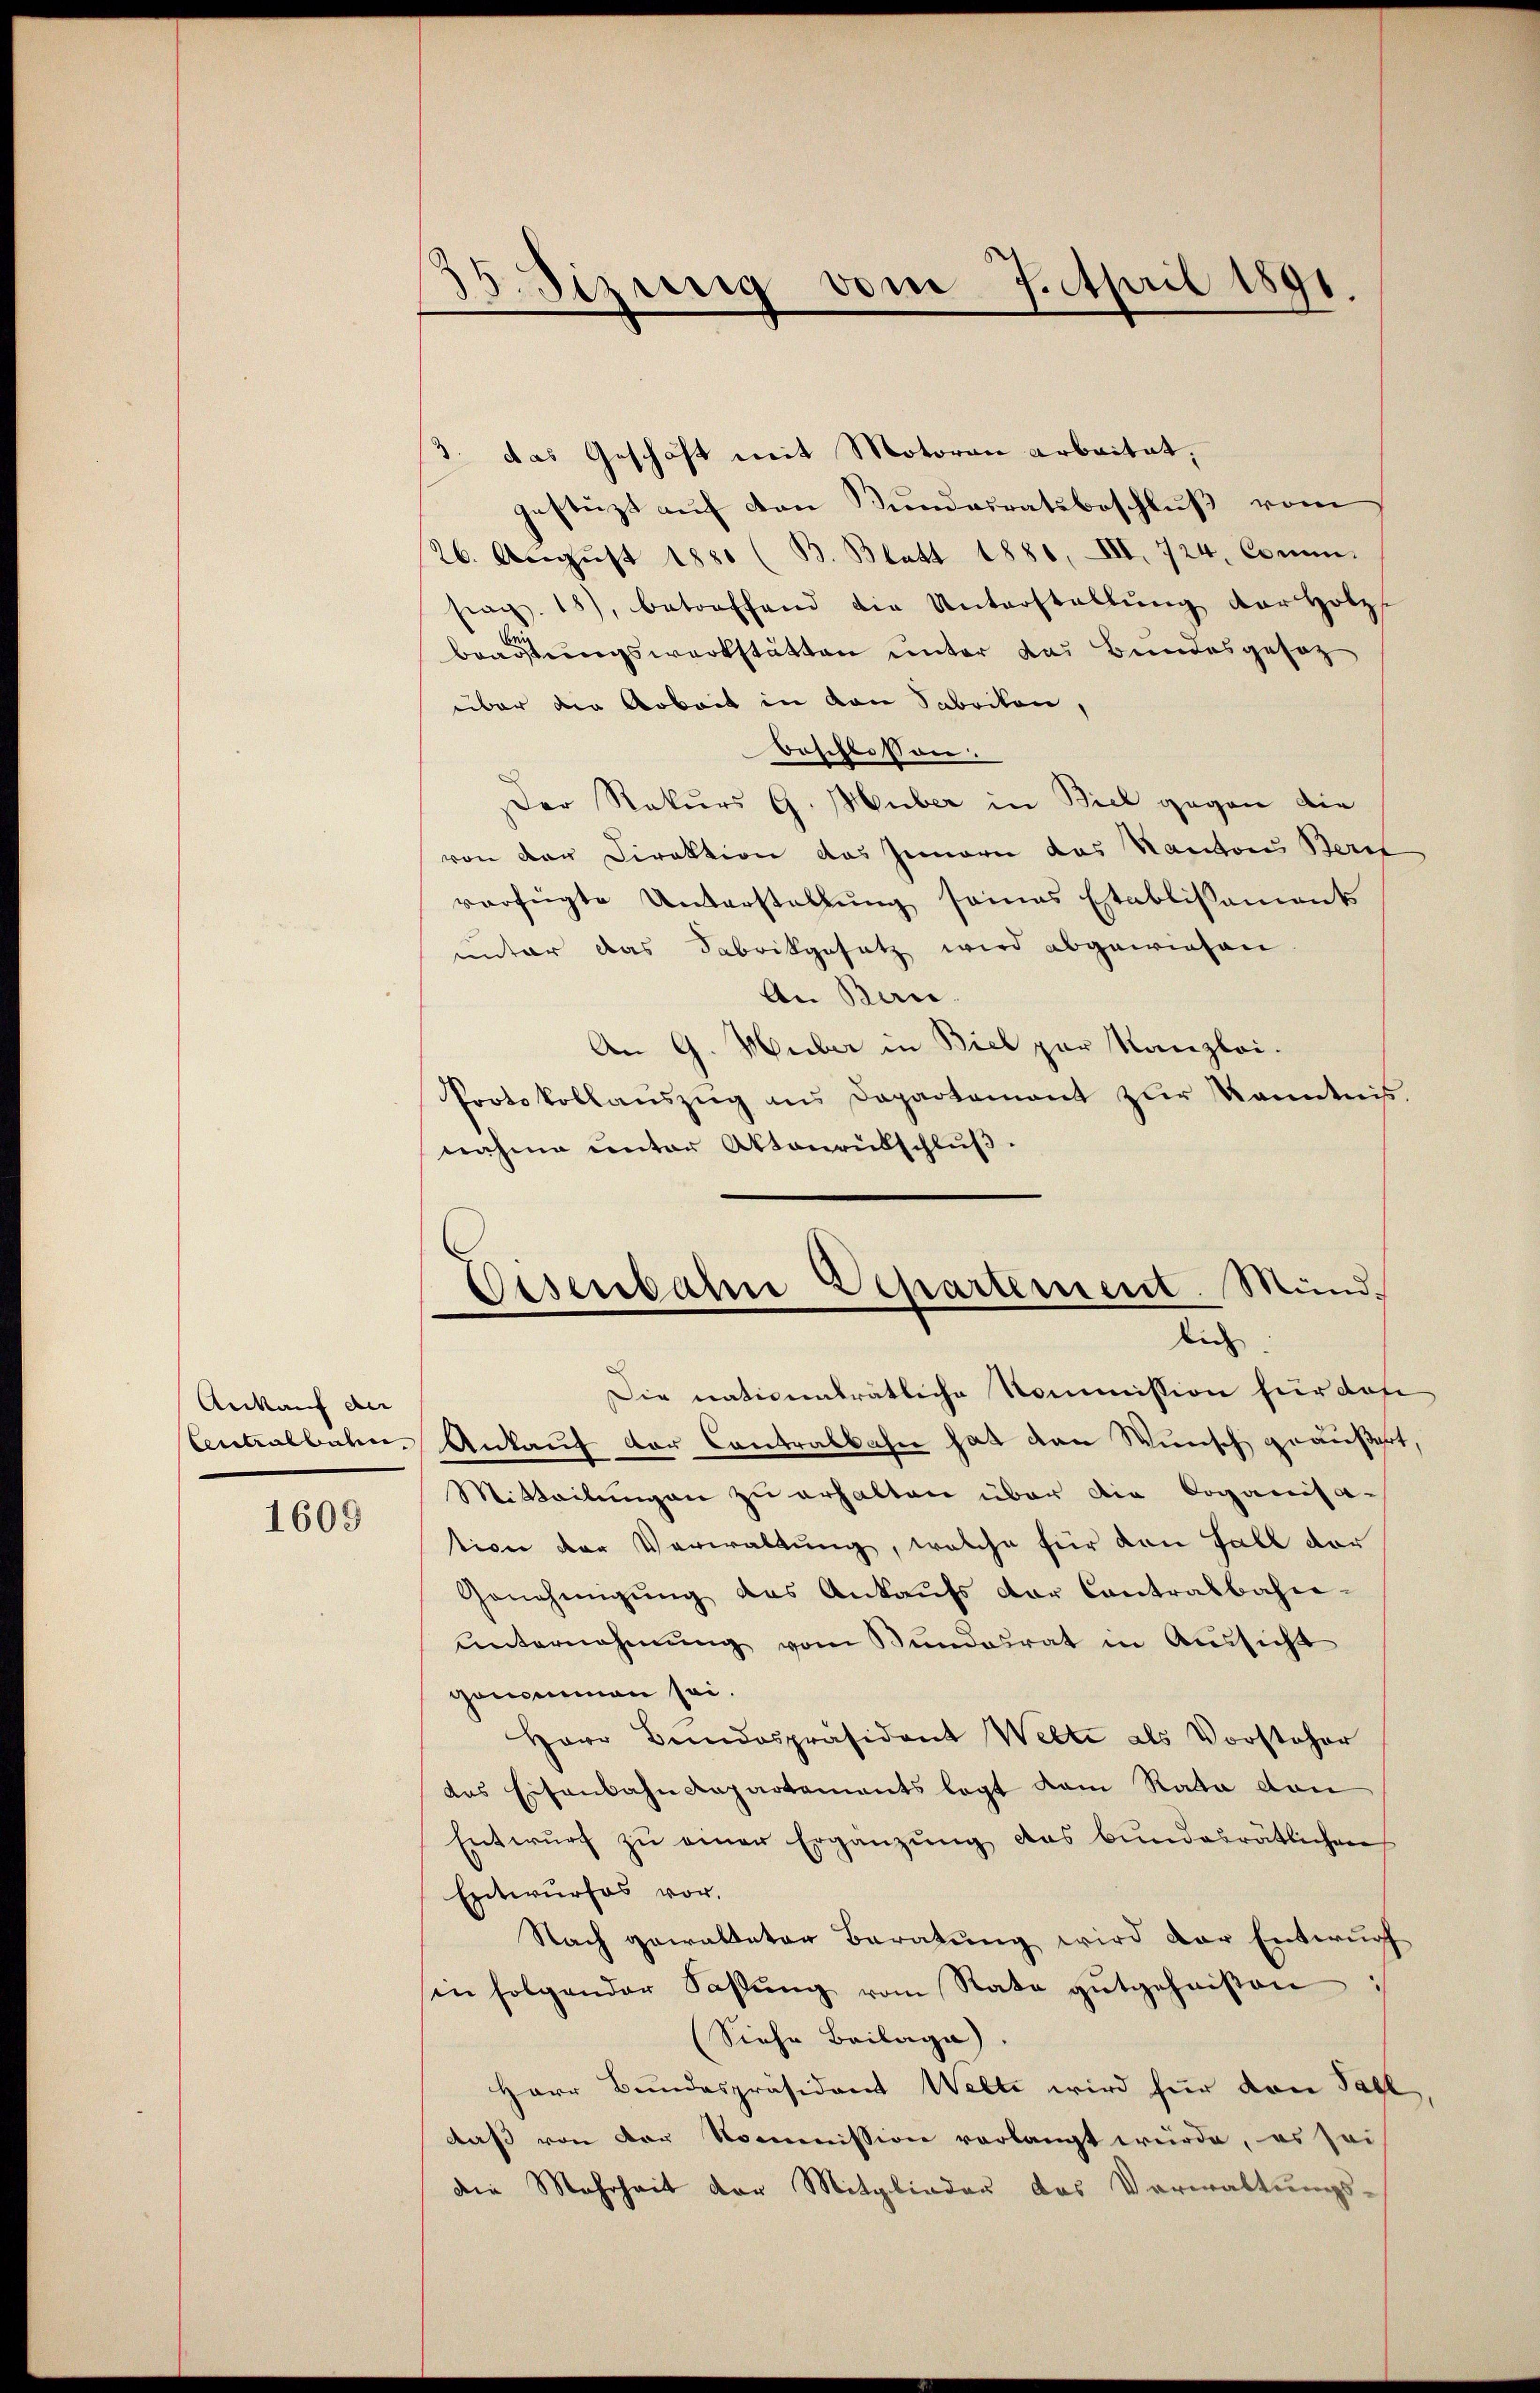
Ankauf der

1609

3. das Geschäft mit Motoran arbeitet,
nstüzt auf den Bundesratsbeschluß vom
26. Aŭgŭst 1880 (B. Blatt 1881, III. 724, Comm.
srag. 18), betreffend die Unterstellŭng der Holzs
Bradstungswerkstätten unter das Bundesgesag
über die Arbeit in den Fabrikon,
beschlossen:
Der Rekurs G. Huber in Biel gegen die
von der Direktion das Gemari das Kantons Berit
verfügte Unterstellŭng seines Etablissamant
unter das Fabrikgesetz wird abgewiesen
An Ban
An G. Huber in Biel par Kanzlei.
Protokollaŭszŭg ans Departement zŭr Kenntnis.
nahme unter Aktenrübschluß.

.
5. Sizinig vom 7. April 1891.

Die nativenträtliche Kommission für das
Antralbahn. Ankauf der Contralbahn hat den Wunsch geäußert,
Mitteilungen zu erhalten über die Doganisa-
tion der Verwaltung, welche für den Fall der
Genehmigŭng des Ankaŭfs der Contralbahne-
unternehmung vom Bundesrat in Aussicht
genommen sei.
Herr Bundespräsident Welte als Vorsteher
das Eisenbahndepartements legt dem Rata dan
Entwurf zu einer Ergänzung des bundesrätlichen
Entwurfes vor.
Nach gewalteter Beratung wird der Entwurf
sin folgender Sassŭng vom Rate gutgeheißen
(Siehe Beilage).
Herr Bundespräsident Welti wird für den Fall,
daß von der Kommission verlangt würde, es sei
die Mehrheit der Mitglieder das Verwaltungs-

Eisenbahne Departement. Mundlich